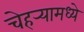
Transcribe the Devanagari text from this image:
चेहर्‍यामध्ये